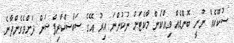
ސުކޫކެއް ނޫނީ ބޮންޑެއް ވިއްކަން މާކެޓަށް ނުކުންނަ އިރު އޭގެ ސަބްސްކްރިޕްޝަން ދަށްވެގެންދާނެ.